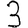
Digit: 3